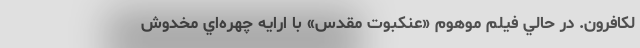
لْكَافِرُونَ. در حالي فيلم موهوم «عنکبوت مقدس» با ارایه چهره‌اي مخدوش